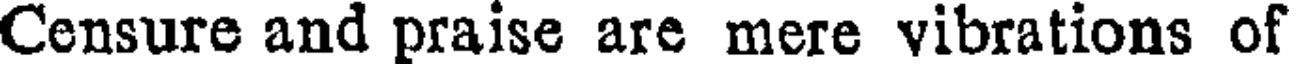
Censure and praise are mere vibrations of